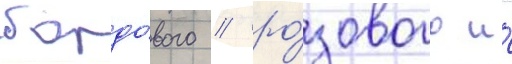
бордо́вого / ро́зового и́